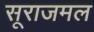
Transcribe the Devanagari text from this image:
सूराजमल